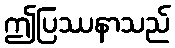
ဤပြဿနာသည်